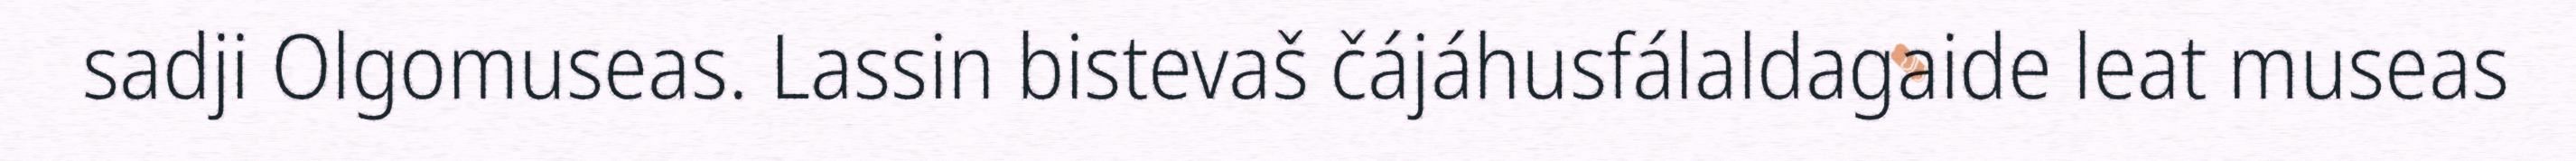
sadji Olgomuseas. Lassin bistevaš čájáhusfálaldagaide leat museas